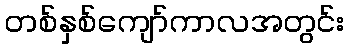
တစ်နှစ်ကျော်ကာလအတွင်း